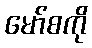
မော်စကို